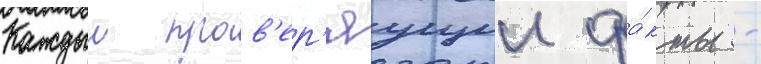
Каждыи пров'ер'яущии фа́кты -